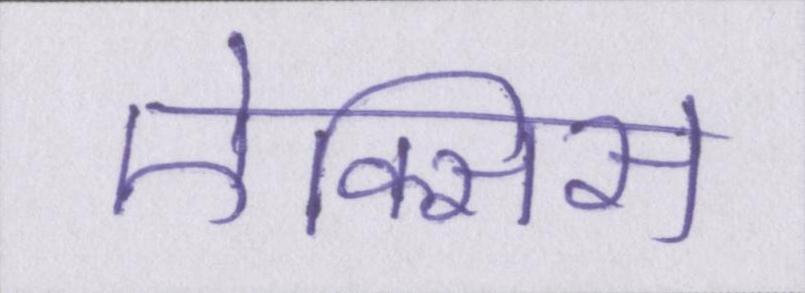
ऐक्सिस